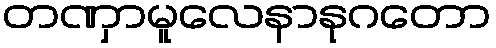
တဏှာမူလေနာနုဂတော